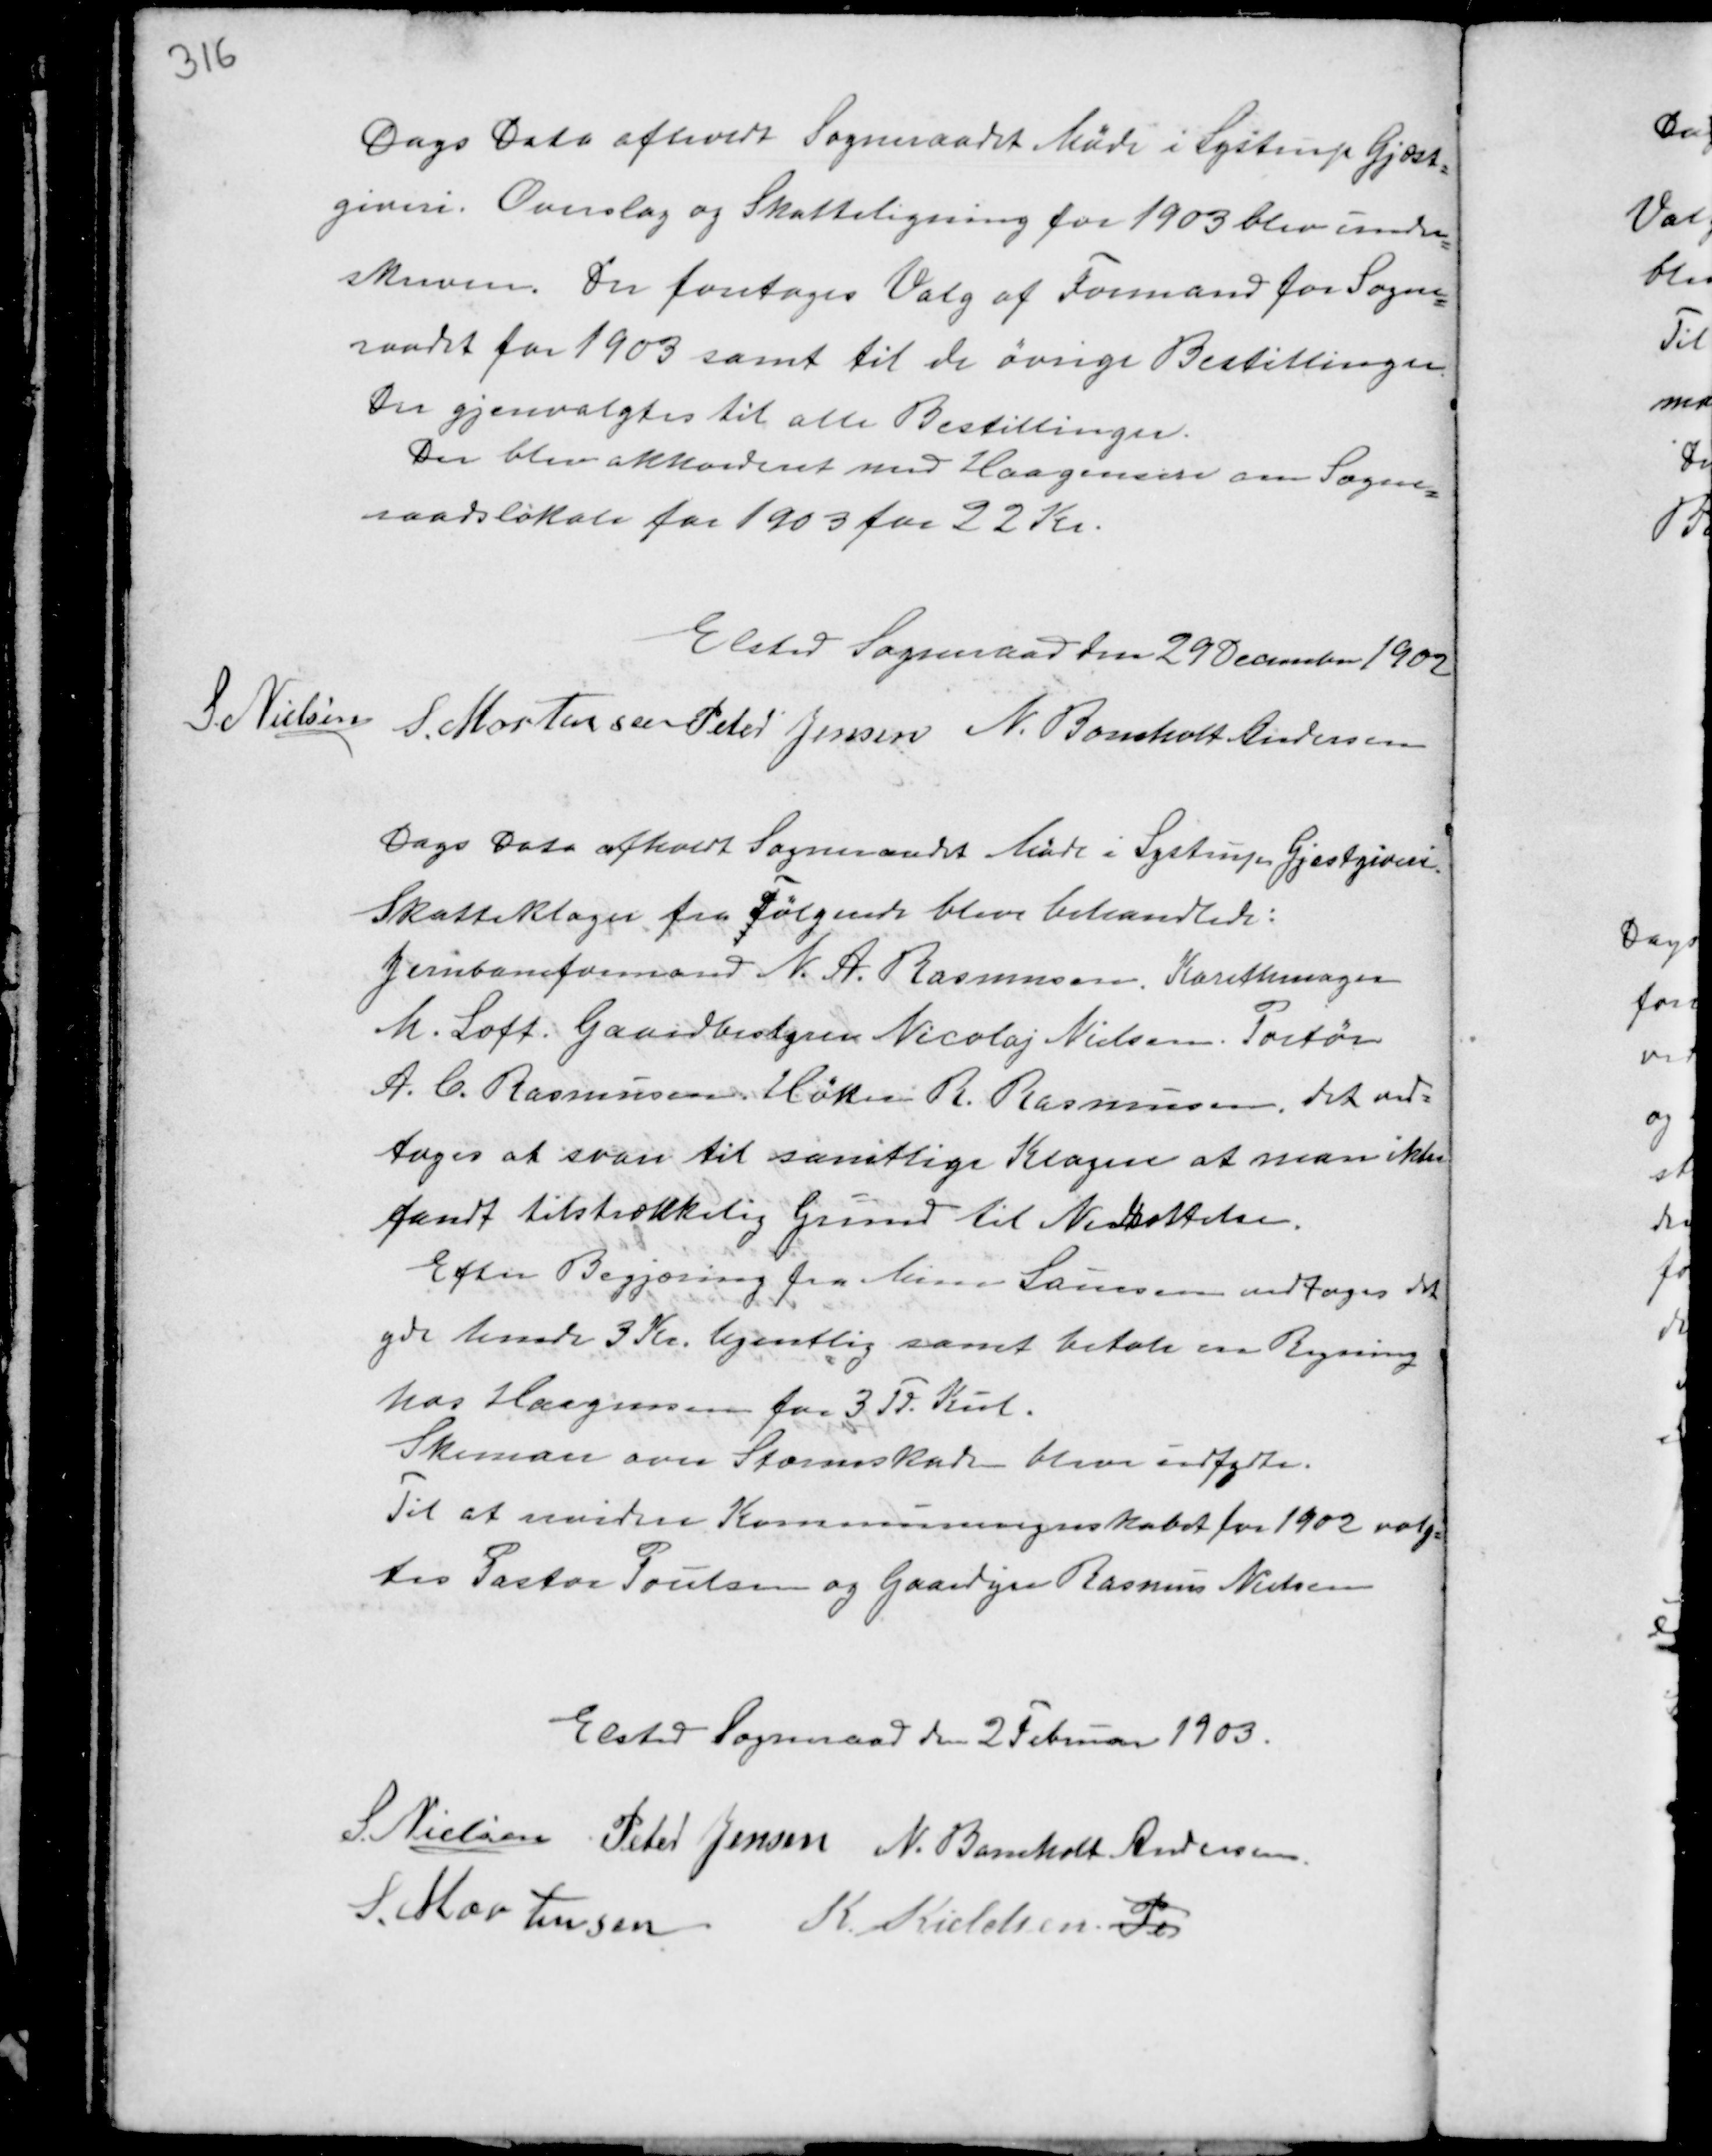
Transskription:
Dags Dato afholdt Sogneraadet Møde I Lystrup Gjæst-
giveri. Overslag og Skatteligning for 1903 blev under-
skreven. Der foretoges Valg af Formand for Sogne-
raadet for 1903 samt til de øvrige Bestillinger.
Der gjenvalgtes til alle Bestillinger.
Der blev akkorderet med Haagensen om Sogne-
raadslokale for 1903 for 22 Kr.

Elsted Sogneraad den 29 December 1902
S. Nielsen S. Mortensen Peter Jensen N. Bomholt Andersen

Dags Dato afholdt Sogneraadet Møde i Lystrup Gjæstgiveri.
Skatteklage fra Følgende bleve behandlede:
Jernbaneformand N.A. Rasmussen. Karetmager
M. Loft. Gaardbestyrer Nicolaj Nielsen. Portør
A.C. Rasmussen Høker R. Rasmussen. det ved-
toges at svare til samtlige Klagere at man ikke
fandt tilstrækkelig Grund til Nedsættelsen.
Efter Begjæring fra Mina Laursen vedtages det
yde hende 3 Kr. Ugentlig samt betale en Regning
hos Haagensen for 3 Td Kul.
Skemaer over Stormskader blevn udfyldte.
Til at revidere Kommuneregnskabet for 1902 valg-
tes Pastor Poulsen og Gaardejer Rasmus Nielsen

Elsted Sogneraad den 2 Februar 1903.
S. Nielsen Peter Jensen N. Bomholt Andersen
S. Mortensen K. Kieldsen Pe